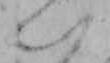
い